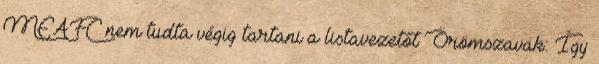
MEAFC nem tudta végig tartani a listavezetőt Örömszavak: Így